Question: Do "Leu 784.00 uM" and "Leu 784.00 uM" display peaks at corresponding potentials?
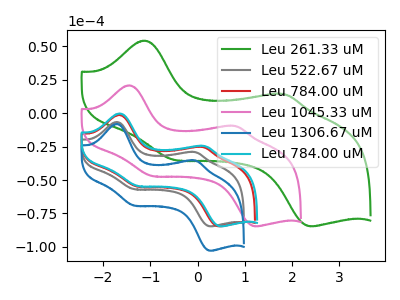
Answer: <think>The green curve "Leu 261.33 uM" has anodic peaks at (-1.10V, 54.20uA) (1.85V, 14.15uA) and cathodic peaks at (-0.50V, -34.95uA) (2.45V, -84.60uA). The gray curve "Leu 522.67 uM" has anodic peaks at (-1.70V, -6.65uA) (-0.05V, -29.15uA) and cathodic peaks at (-1.35V, -56.75uA) (0.30V, -84.65uA). The red curve "Leu 784.00 uM" has anodic peaks at (-1.65V, -1.35uA) (0.10V, -25.35uA) and cathodic peaks at (-1.25V, -54.85uA) (0.50V, -84.65uA). The pink curve "Leu 1045.33 uM" has anodic peaks at (-1.45V, 20.70uA) (0.80V, -9.65uA) and cathodic peaks at (-0.95V, -46.95uA) (1.25V, -84.60uA). The blue curve "Leu 1306.67 uM" has anodic peaks at (-1.70V, -8.10uA) (-0.05V, -35.45uA) and cathodic peaks at (-1.35V, -68.95uA) (0.30V, -102.85uA). The cyan curve "Leu 784.00 uM" has anodic peaks at (-1.65V, -0.30uA) (0.15V, -24.60uA) and cathodic peaks at (-1.25V, -54.45uA) (0.50V, -84.65uA).</think>
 <answer>Yes, "Leu 784.00 uM" have a peak in "Leu 784.00 uM" at the same potential.</answer>
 <eval>match</eval>